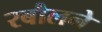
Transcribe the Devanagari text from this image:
रबौलने